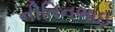
નીતિનભાઇ